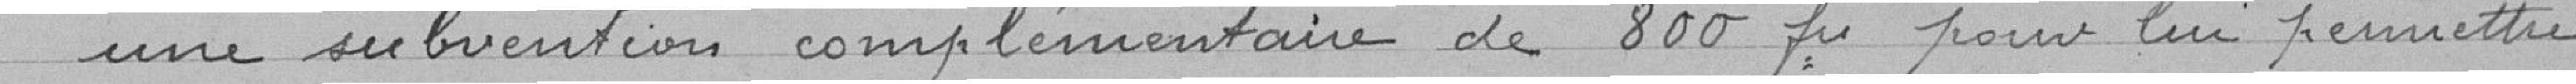
une subvention complémentaire de 800 frs pour lui permettre